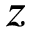
z